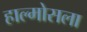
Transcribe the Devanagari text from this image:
हाल्मोसला